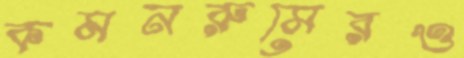
কমনরুমেরও